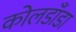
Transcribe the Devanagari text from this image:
कोलडाँडा